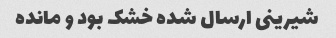
شیرینی ارسال شده خشک بود و مانده